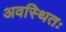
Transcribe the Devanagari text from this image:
अवस्थितः